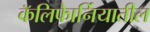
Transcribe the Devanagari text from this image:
कॅलिफाेर्नियातील